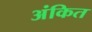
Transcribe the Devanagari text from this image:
अंकित